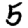
Digit: 5